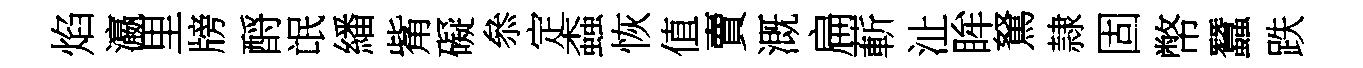
焰瀛里牓酹氓繙觜礙叅定螙恢值賣溉扁蔪沚眸駑隷固幣蠶跌